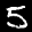
Label: 5